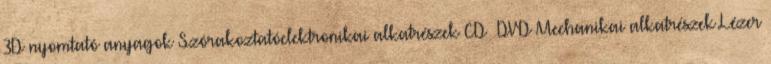
3D nyomtató anyagok Szórakoztatóelektronikai alkatrészek CD DVD Mechanikai alkatrészek Lézer